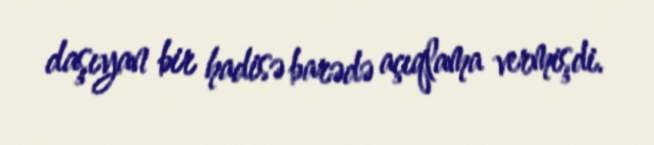
daşıyan bir hadisə barədə açıqlama vermişdi.